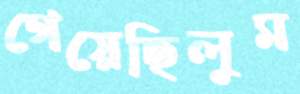
গেয়েছিলুম